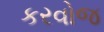
કરવોજ